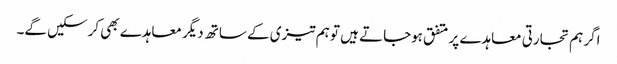
اگر ہم تجارتی معاہدے پر متفق ہوجاتے ہیں تو ہم تیزی کے ساتھ دیگر معاہدے بھی کرسکیں گے۔